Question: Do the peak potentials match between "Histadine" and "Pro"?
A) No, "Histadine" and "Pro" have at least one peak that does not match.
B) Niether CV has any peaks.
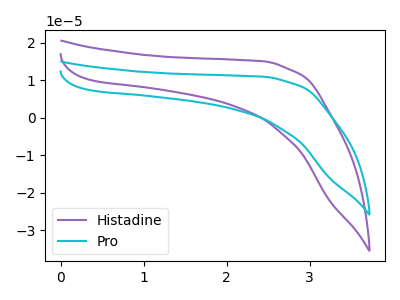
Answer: <think>The purple curve "Histadine" has no peaks. The cyan curve "Pro" has no peaks.</think>
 <answer>B) Niether CV has any peaks.</answer>
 <eval>B</eval>